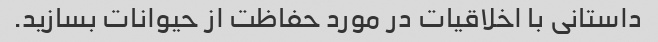
داستانی با اخلاقیات در مورد حفاظت از حیوانات بسازید.